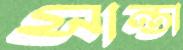
সান্তা